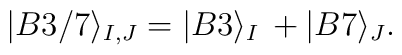
|B3/7\rangle_{I,J} = |B3\rangle_I \, +|B7\rangle_J .